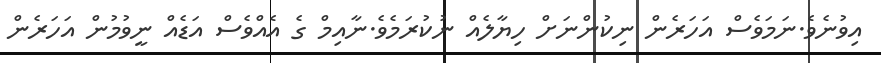
އިވުނެވެ.ނަމަވެސް އަހަރެން ނިކުންނަށް ހިޔާލެއް ނުކުރަމެވެ.ނާއިމް ގެ އެއްވެސް އަޑެއް ނީވުމުން އަހަރެން